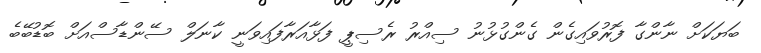
ބަޔަކަށް ނާންގާ ފޮރުވައިގެން ގެންގުޅުނު ސިއްރު ރެސިޕީ ފަޅާއަރާފައިވަނީ ކާނަލް ސޭންޑާސްއަށް ބޮޑުބޭބެ